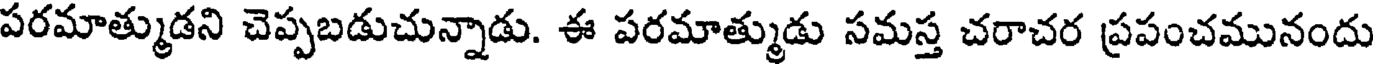
పరమాత్ముడని చెప్పబడుచున్నాడు. ఈ పరమాత్ముడు సమస్త చరాచర ప్రపంచమునందు